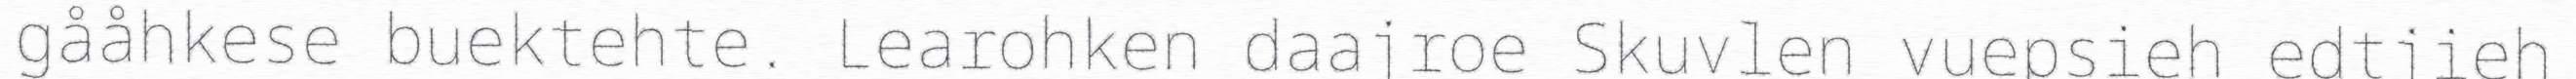
gååhkese buektehte. Learohken daajroe Skuvlen vuepsieh edtjieh